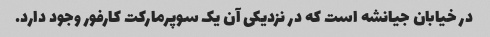
در خیابان جیانشه است که در نزدیکی آن یک سوپرمارکت کارفور وجود دارد.